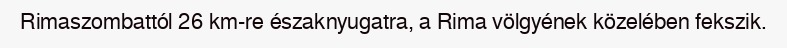
Rimaszombattól 26 km-re északnyugatra, a Rima völgyének közelében fekszik.